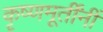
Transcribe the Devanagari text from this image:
कृष्णमूर्तींनीं